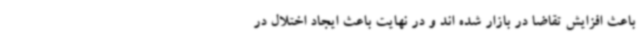
باعث افزایش تقاضا در بازار شده اند و در نهایت باعث ایجاد اختلال در